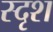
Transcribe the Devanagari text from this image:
स्दृश